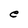
Character: e